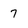
Character: 7